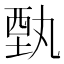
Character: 𲁊